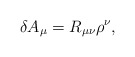
\begin{align*}\delta A_{\mu} = R_{\mu \nu}\rho^{\nu},\end{align*}